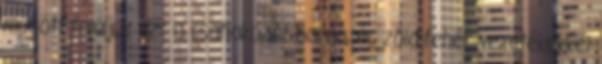
mögött találjuk ezt a csatlakozót barna, és zöld-fehér vezetékekkel